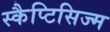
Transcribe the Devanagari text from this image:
स्कैप्टिसिज्म